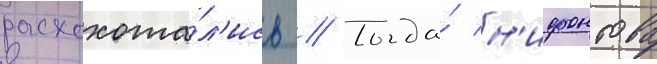
расхохота́л'ись // Тогда́ н'ифонтова